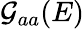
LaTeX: \mathcal{G}_{aa}(E)